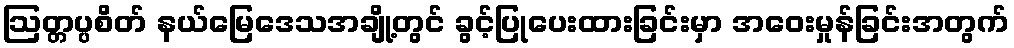
ဩတ္တပ္ပစိတ် နယ်မြေဒေသအချို့တွင် ခွင့်ပြုပေးထားခြင်းမှာ အဝေးမှုန်ခြင်းအတွက်